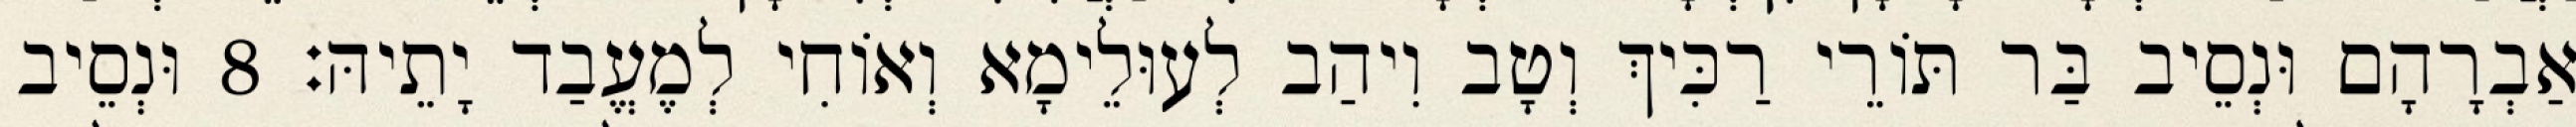
אַבְרָהָם וּנְסֵיב בַּר תּוֹרֵי רַכִּיךְ וְטָב וִיהַב לְעוּלֵימָא וְאוֹחִי לְמֶעֱבַד יָתֵיהּ׃ 8 וּנְסֵיב